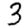
Digit: 3